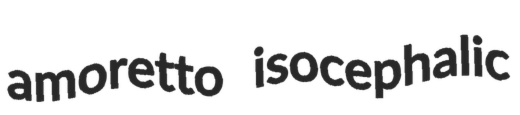
amoretto isocephalic